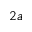
2 a